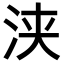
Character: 浃